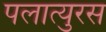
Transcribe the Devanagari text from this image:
पलात्युरस